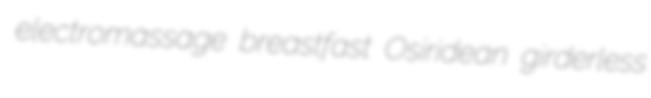
electromassage breastfast Osiridean girderless